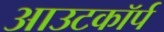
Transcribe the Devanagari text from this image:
आउटकॉर्प